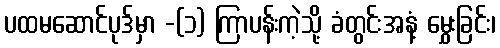
ပထမဆောင်ပုဒ်မှာ -(၁) ကြာပန်းကဲ့သို့ ခံတွင်းအနံ့ မွှေးခြင်း၊